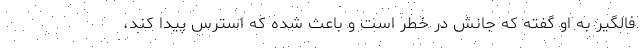
فالگیر به او گفته که جانش در خطر است و باعث شده که استرس پیدا کند،